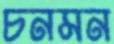
চনমন